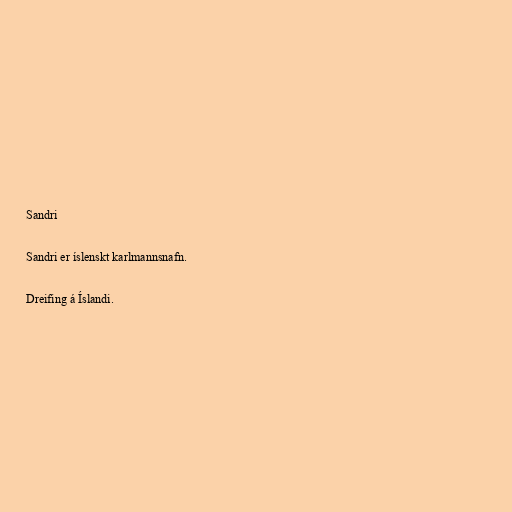
Sandri

Sandri er íslenskt karlmannsnafn.

Dreifing á Íslandi.